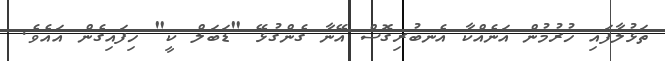
ތަޅުލާފައި ހުރުމުން އަނެއްކާ އެނބުރިގޮސް އޭނާ ގެންގުޅޭ "ޑަބަލް ކީ" ހިފައިގެން އައެވެ.